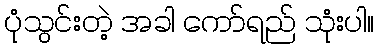
ပုံသွင်းတဲ့ အခါ ကော်ရည် သုံးပါ။